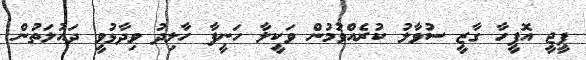
ޕީޖީ އޮފީހާ ގާޒީ ސުވާލު ކުރެއްވުމުން ވަކީލާ ހަނީފާ ހާލިދު ވިދާޅުވީ ދައުލަތުން